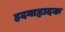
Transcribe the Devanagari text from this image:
हृदयाह्लादक